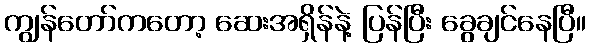
ကျွန်တော်ကတော့ ဆေးအရှိန်နဲ့ ပြန်ပြီး ခွေချင်နေပြီ။